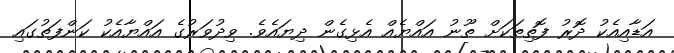
އަޑާއިއެކު ދޮރު ފޮތިތަކަށް ތޫނު އައްޔެއް އެޅިގެން ދިޔައެވެ. ވިދުވަރުގެ އައްޔާއެކު ކަންފަތުގައި